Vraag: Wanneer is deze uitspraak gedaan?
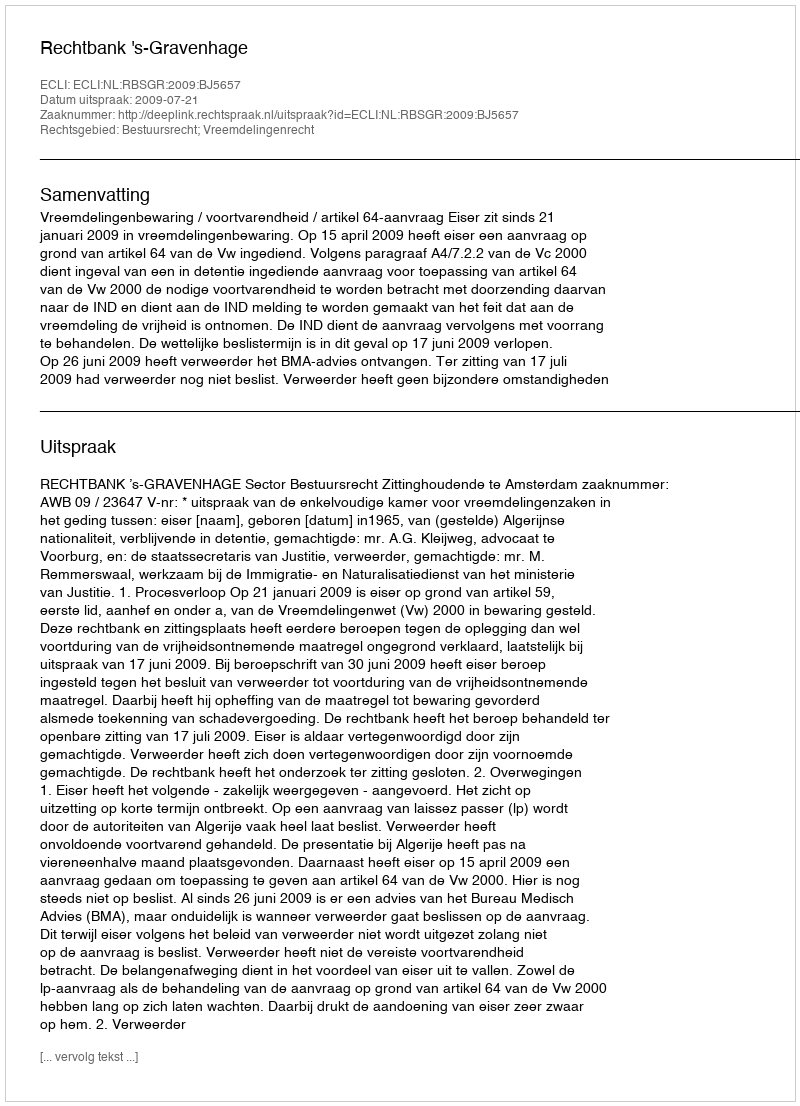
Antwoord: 2009-07-21